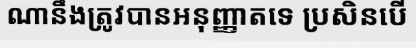
ណានឹងត្រូវបានអនុញ្ញាតទេ ប្រសិនបើ